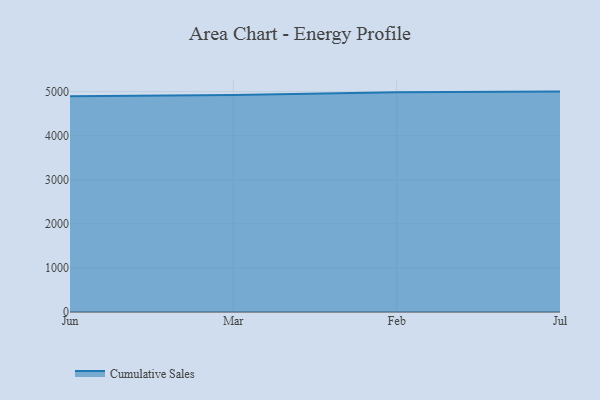
{"axis": {"x": "Month", "y": "Active Users"}, "legend": ["Cumulative Sales"], "data": [{"x": "Jun", "y": 4895.5, "type": "Cumulative Sales"}, {"x": "Mar", "y": 4925.5, "type": "Cumulative Sales"}, {"x": "Feb", "y": 4984.7, "type": "Cumulative Sales"}, {"x": "Jul", "y": 5000, "type": "Cumulative Sales"}]}